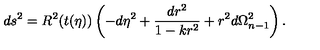
d s ^ { 2 } = R ^ { 2 } ( t ( \eta ) ) \left( - d \eta ^ { 2 } + { \frac { d r ^ { 2 } } { 1 - k r ^ { 2 } } } + r ^ { 2 } d \Omega _ { n - 1 } ^ { 2 } \right) .